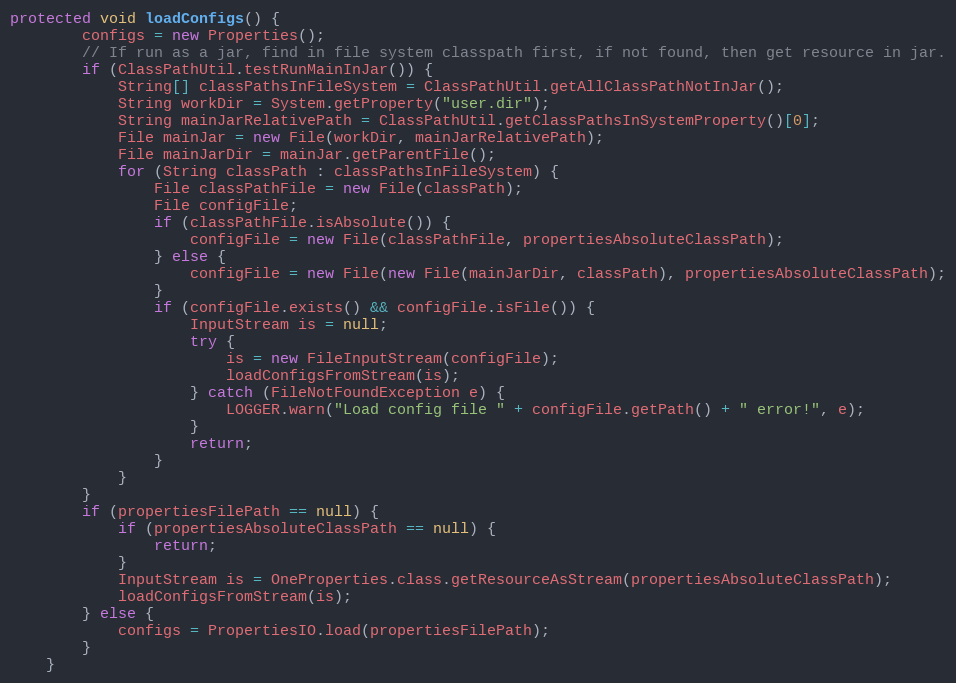
Language: Java
protected void loadConfigs() {
        configs = new Properties();
        // If run as a jar, find in file system classpath first, if not found, then get resource in jar.
        if (ClassPathUtil.testRunMainInJar()) {
            String[] classPathsInFileSystem = ClassPathUtil.getAllClassPathNotInJar();
            String workDir = System.getProperty("user.dir");
            String mainJarRelativePath = ClassPathUtil.getClassPathsInSystemProperty()[0];
            File mainJar = new File(workDir, mainJarRelativePath);
            File mainJarDir = mainJar.getParentFile();
            for (String classPath : classPathsInFileSystem) {
                File classPathFile = new File(classPath);
                File configFile;
                if (classPathFile.isAbsolute()) {
                    configFile = new File(classPathFile, propertiesAbsoluteClassPath);
                } else {
                    configFile = new File(new File(mainJarDir, classPath), propertiesAbsoluteClassPath);
                }
                if (configFile.exists() && configFile.isFile()) {
                    InputStream is = null;
                    try {
                        is = new FileInputStream(configFile);
                        loadConfigsFromStream(is);
                    } catch (FileNotFoundException e) {
                        LOGGER.warn("Load config file " + configFile.getPath() + " error!", e);
                    }
                    return;
                }
            }
        }
        if (propertiesFilePath == null) {
            if (propertiesAbsoluteClassPath == null) {
                return;
            }
            InputStream is = OneProperties.class.getResourceAsStream(propertiesAbsoluteClassPath);
            loadConfigsFromStream(is);
        } else {
            configs = PropertiesIO.load(propertiesFilePath);
        }
    }